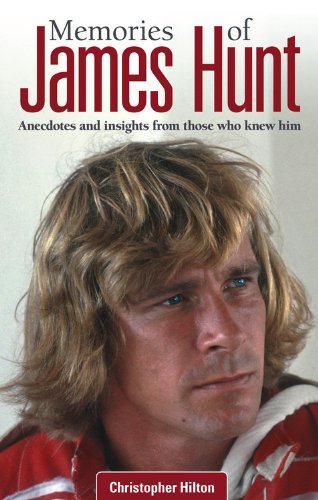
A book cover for Memories of James Hunt: Anecdotes and insights from those who knew him; Christopher Hilton; Humor & Entertainment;